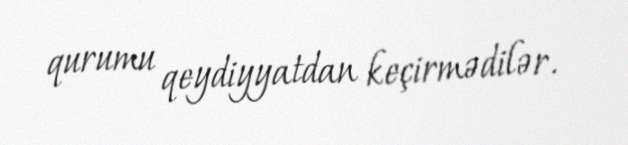
qurumu qeydiyyatdan keçirmədilər.